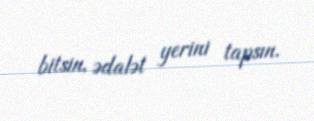
bitsin, ədalət yerini tapsın.